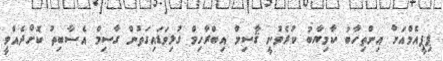
ޕިޕީއެމްއަށް އިންތިހާބު ކާމިޔާބު ކުރެވުނީ ޤާސިމް އިބްރާހިމް ގުޅިވަޑައިގަތުން ގާސިމް އެސާބިތު ކޮށްދެއްވީ